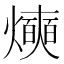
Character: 𰟰